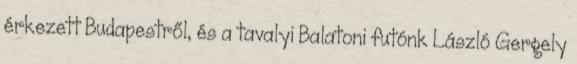
érkezett Budapestről, és a tavalyi Balatoni futónk László Gergely